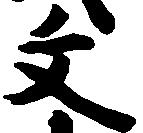
文